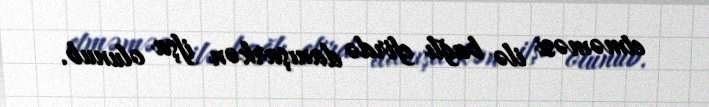
etməməsi ilə bağlı efirdə danışarkən ifşa olunub.